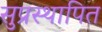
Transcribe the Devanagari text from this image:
सुप्रस्थापित